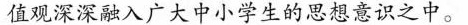
值观深深融入广大中小学生的思想意识之中。